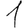
Digit: 1